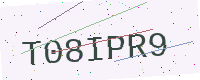
Text: T08IPR9